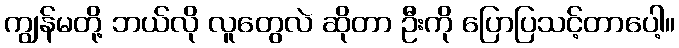
ကျွန်မတို့ ဘယ်လို လူတွေလဲ ဆိုတာ ဦးကို ပြောပြသင့်တာပေါ့။